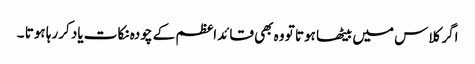
اگر کلاس میں بیٹھا ہوتا تو وہ بھی قائداعظم کے چودہ نکات یاد کررہا ہوتا ۔